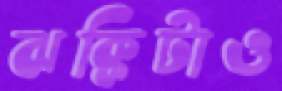
ঝক্কিটাও